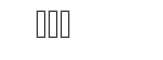
١٢٨